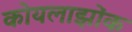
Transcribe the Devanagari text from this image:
कोयलाझोंक